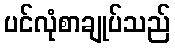
ပင်လုံစာချုပ်သည်